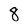
Character: 8